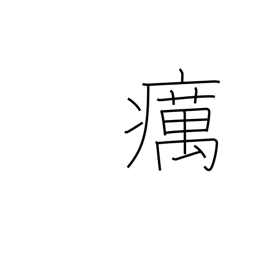
Meaning: leprosy